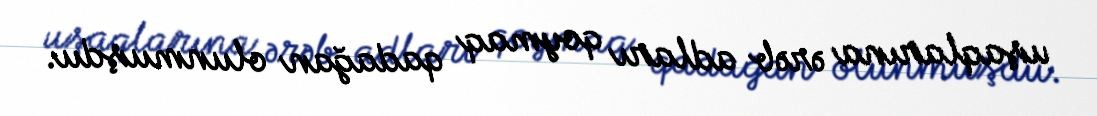
uşaqlarına ərəb adları qoymaq qadağan olunmuşdu.